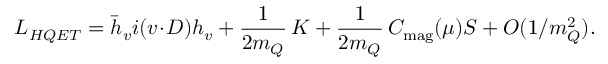
{ \cal L } _ { H Q E T } = \bar { h } _ { v } i ( v \! \cdot \! D ) h _ { v } + \frac { 1 } { 2 m _ { Q } } \, { \cal K } + \frac { 1 } { 2 m _ { Q } } \, C _ { \mathrm { m a g } } ( \mu ) { \cal S } + O ( 1 / m _ { Q } ^ { 2 } ) .